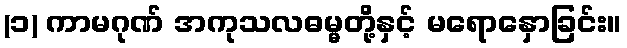
(၁) ကာမဂုဏ် အကုသလဓမ္မတို့နှင့် မရောနှောခြင်း။